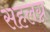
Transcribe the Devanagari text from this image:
सहलग्न